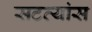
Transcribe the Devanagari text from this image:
सटव्यांस